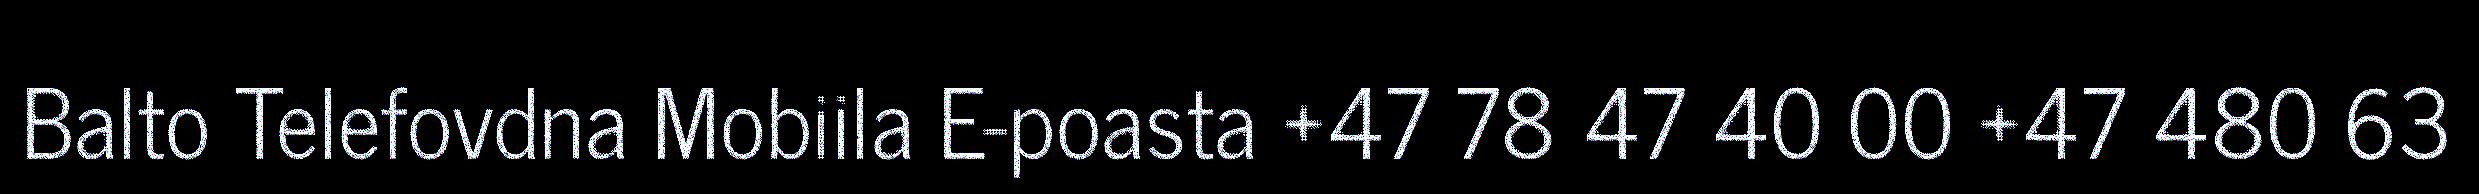
Balto Telefovdna Mobiila E-poasta +47 78 47 40 00 +47 480 63